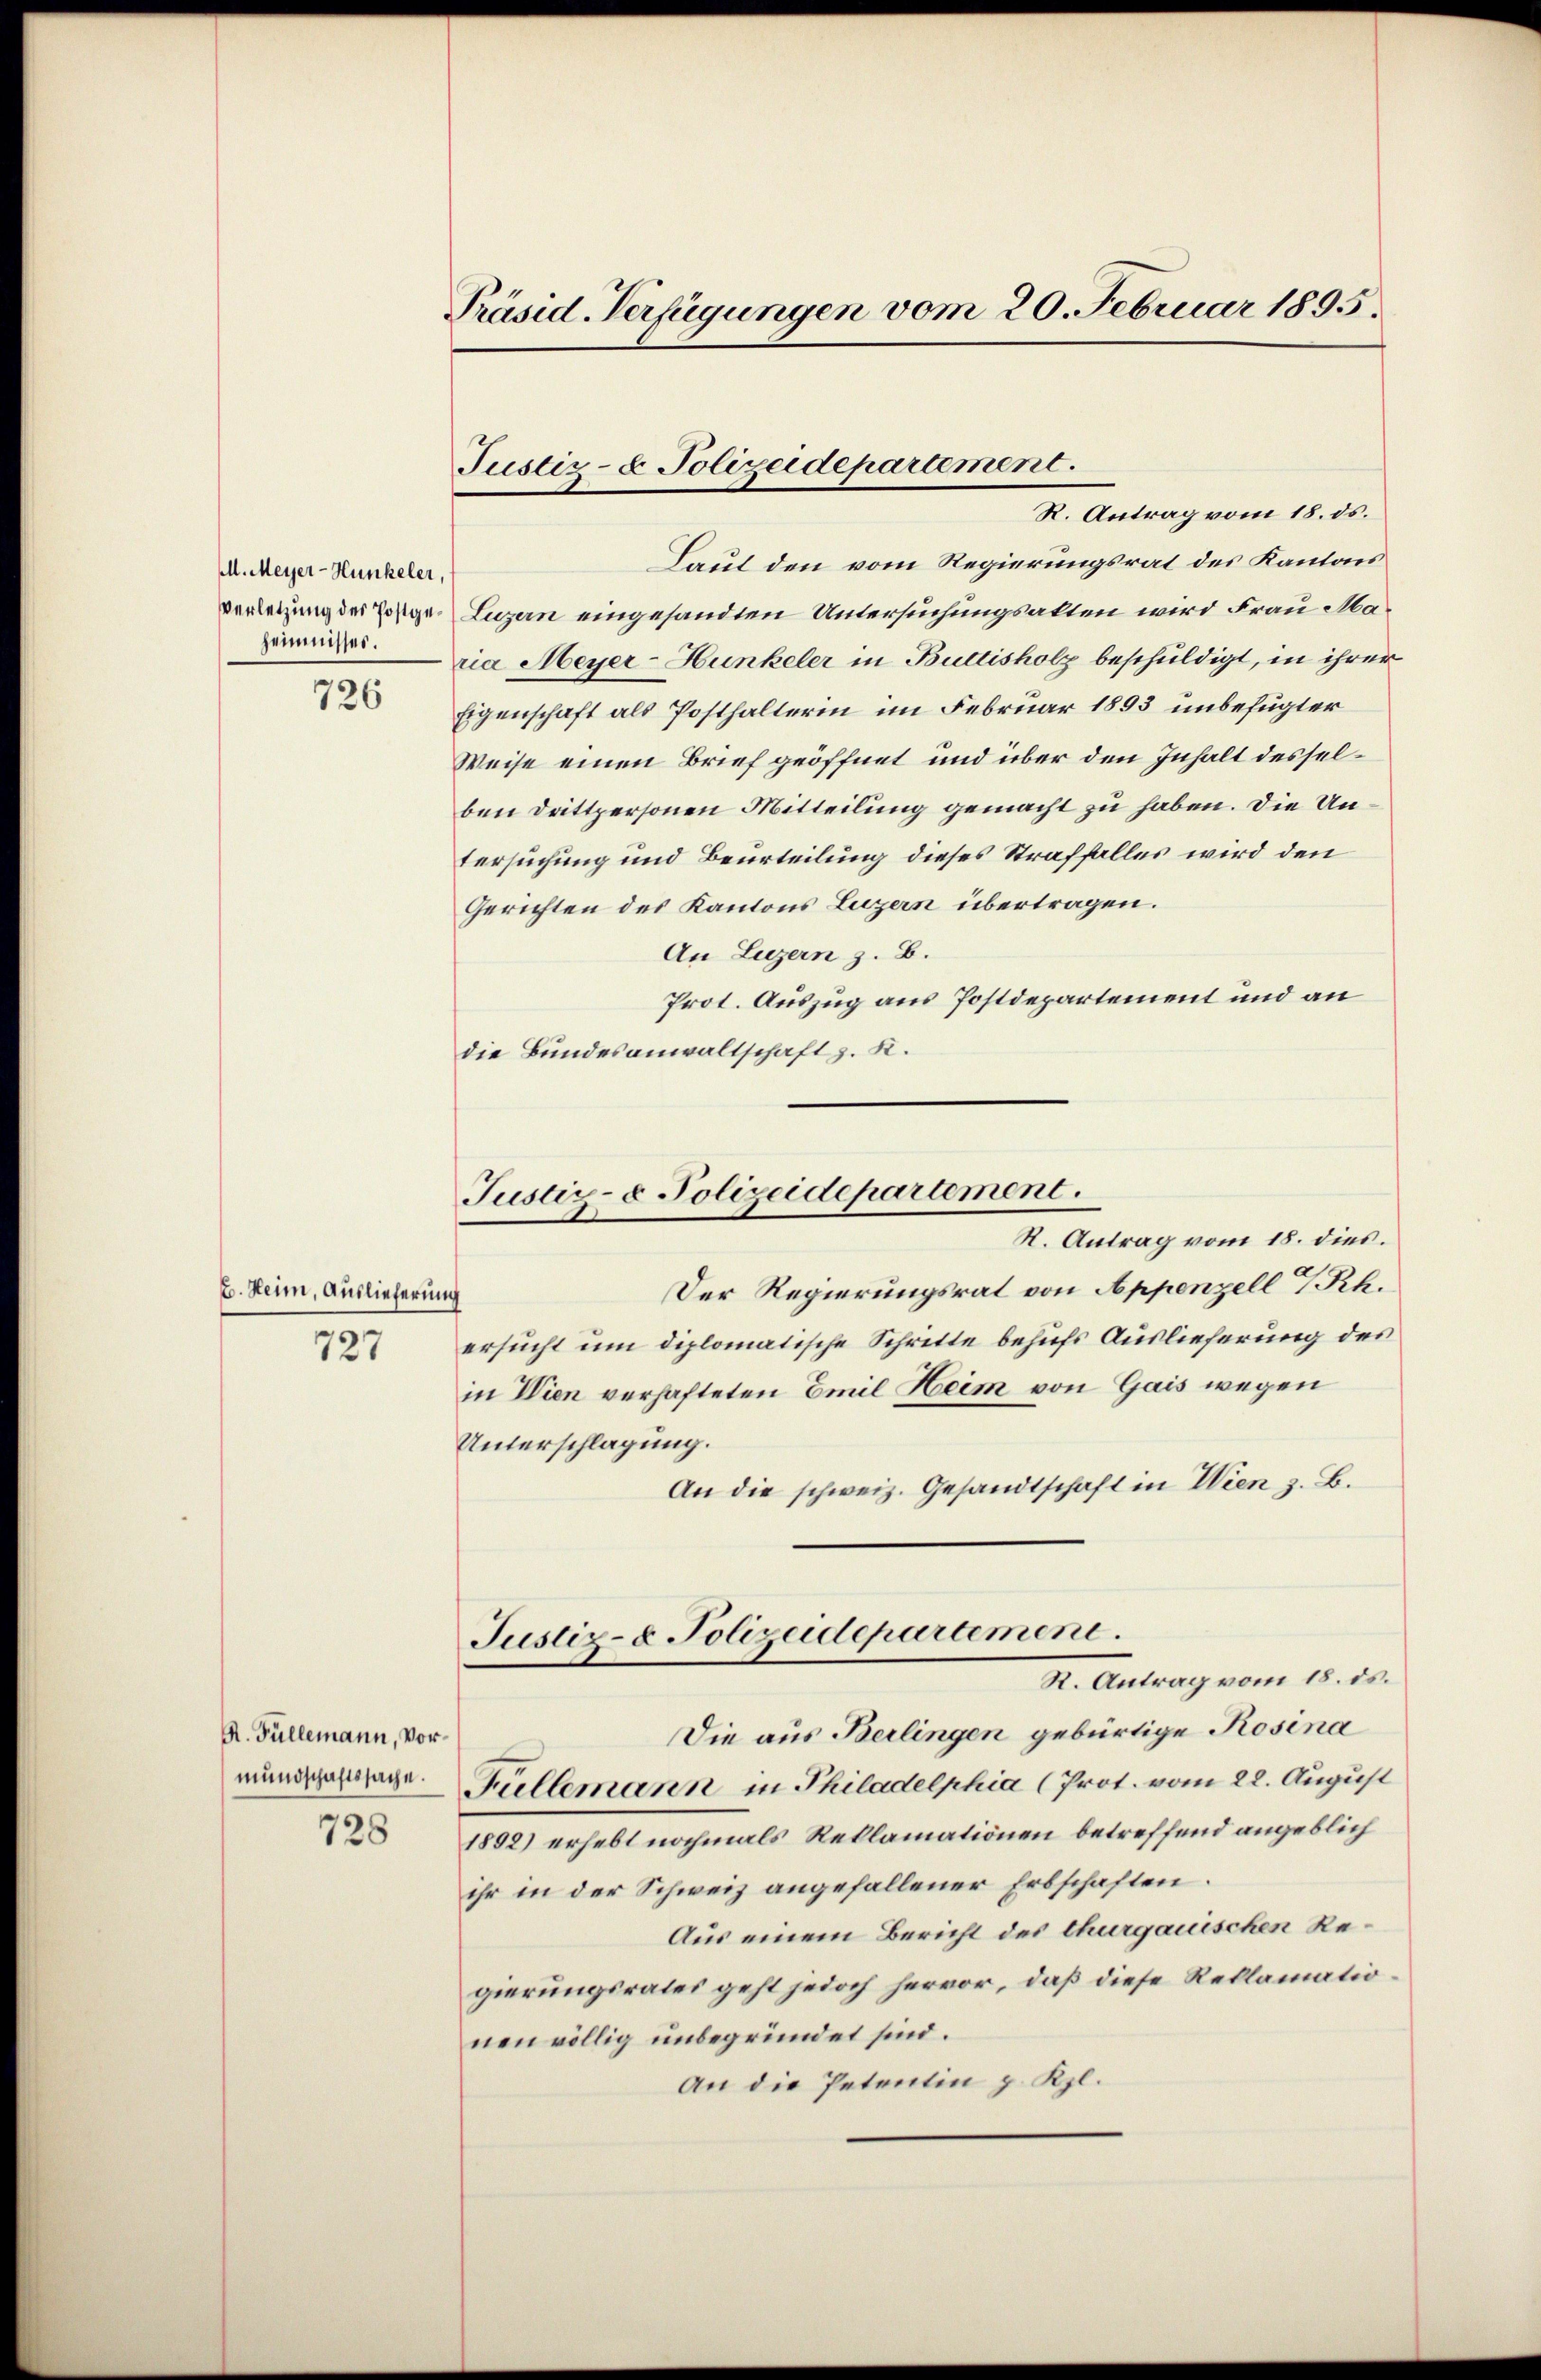
M. Meyer-Hunkeler,
heimnisser.

b. Heim, Auslieferung
727

726

R. Füllemann, Vor¬

728

Präsid. Verfügungen vom 20. Februar 1895.

Laut den vom Regierungsrat des Kantons
verletzung der Folge. Luzern eingesandten Untersuchungsakten wird Frau Maria Meyer-Hunkeler in Bultisholz beschuldigt, in ihrer
Eigenschaft als Posthalterin im Februar 1893 unbefugter
Weise einen Brief geöffnet und über den Inhalt desselben Drittpersonen Mitteilung gemacht zu haben. Die Untersuchung und Beurteilung dieses Straffalles wird den
Gerichten des Kantons Luzern übertragen.
An Luzern z. B.
Prot. Auszug aus Postdepartement und an
die Bundesanwaltschaft z. R.

Justiz- & Polizeidepartement.
R. Antrag vom 18. ds.

Justiz- & Polizeidepartement.
R. Antrag vom 18. dies.

Justiz- & Polizeidepartement.
S. Antrag vom 18. ds.
Die aus Berlingen gebürtige Rosina

Der Regierungsrat von Appenzell I/Rh.
ersucht um diplomatische Schritte behufs Auslieferung des
in Wien verhafteten Emil Heim von Gais wegen
Unterschlagung.
An die schweiz. Gesandtschaft in Wien z. B.
mund Füllemann in Philadelphia (Prot. vom 22. August
1892) erhebt nochmals Reklamationen betreffend angeblich
ihr in der Schweiz angefallener Erbschaften.
Aus einem Bericht des Thurgauischen Regierungsrates geht jedoch hervor, daß diese Reklamationen völlig unbegründet sind.
An die Petentin z. Kgl.